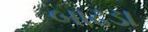
બાઢડા